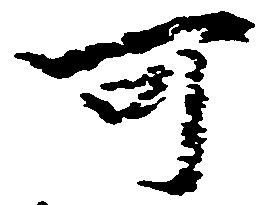
可